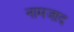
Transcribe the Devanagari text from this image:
नामजाद